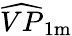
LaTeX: \widehat{VP}_{1\mathrm{m}}